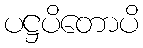
ပဋ္ဌပိတောပိ